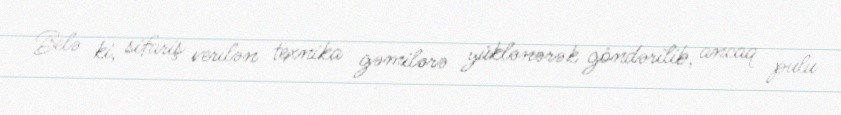
Belə ki, sifariş verilən texnika gəmilərə yüklənərək göndərilib, ancaq pulu